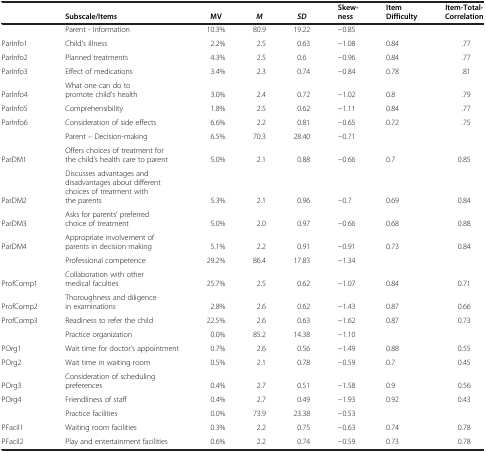
<table><thead><tr><td><b> </b></td><td><b>Subscale/Items</b></td><td><b>MV</b></td><td><b><i>M</i></b></td><td><b><i>SD</i></b></td><td><b>Skew-ness</b></td><td><b>Item Difficulty</b></td><td><b>Item-Total-Correlation</b></td></tr></thead><tbody><tr><td> </td><td>Parent - Information</td><td>10.3%</td><td>80.9</td><td>19.22</td><td>−0.85</td><td> </td><td> </td></tr><tr><td>ParInfo1</td><td>Child’s illness</td><td>2.2%</td><td>2.5</td><td>0.63</td><td>−1.08</td><td>0.84</td><td>.77</td></tr><tr><td>ParInfo2</td><td>Planned treatments</td><td>4.3%</td><td>2.5</td><td>0.6</td><td>−0.96</td><td>0.84</td><td>.77</td></tr><tr><td>ParInfo3</td><td>Effect of medications</td><td>3.4%</td><td>2.3</td><td>0.74</td><td>−0.84</td><td>0.78</td><td>.81</td></tr><tr><td>ParInfo4</td><td>What one can do to promote child‘s health</td><td>3.0%</td><td>2.4</td><td>0.72</td><td>−1.02</td><td>0.8</td><td>.79</td></tr><tr><td>ParInfo5</td><td>Comprehensibility</td><td>1.8%</td><td>2.5</td><td>0.62</td><td>−1.11</td><td>0.84</td><td>.77</td></tr><tr><td>ParInfo6</td><td>Consideration of side effects</td><td>6.6%</td><td>2.2</td><td>0.81</td><td>−0.65</td><td>0.72</td><td>.75</td></tr><tr><td> </td><td>Parent – Decision-making</td><td>6.5%</td><td>70.3</td><td>28.40</td><td>−0.71</td><td> </td><td> </td></tr><tr><td>ParDM1</td><td>Offers choices of treatment for the child’s health care to parent</td><td>5.0%</td><td>2.1</td><td>0.88</td><td>−0.66</td><td>0.7</td><td>0.85</td></tr><tr><td>ParDM2</td><td>Discusses advantages and disadvantages about different choices of treatment with the parents</td><td>5.3%</td><td>2.1</td><td>0.96</td><td>−0.7</td><td>0.69</td><td>0.84</td></tr><tr><td>ParDM3</td><td>Asks for parents’ preferred choice of treatment</td><td>5.0%</td><td>2.0</td><td>0.97</td><td>−0.66</td><td>0.68</td><td>0.88</td></tr><tr><td>ParDM4</td><td>Appropriate involvement of parents in decision making</td><td>5.1%</td><td>2.2</td><td>0.91</td><td>−0.91</td><td>0.73</td><td>0.84</td></tr><tr><td> </td><td>Professional competence</td><td>29.2%</td><td>86.4</td><td>17.83</td><td>−1.34</td><td> </td><td> </td></tr><tr><td>ProfComp1</td><td>Collaboration with other medical faculties</td><td>25.7%</td><td>2.5</td><td>0.62</td><td>−1.07</td><td>0.84</td><td>0.71</td></tr><tr><td>ProfComp2</td><td>Thoroughness and diligence in examinations</td><td>2.8%</td><td>2.6</td><td>0.62</td><td>−1.43</td><td>0.87</td><td>0.66</td></tr><tr><td>ProfComp3</td><td>Readiness to refer the child</td><td>22.5%</td><td>2.6</td><td>0.63</td><td>−1.62</td><td>0.87</td><td>0.73</td></tr><tr><td> </td><td>Practice organization</td><td>0.0%</td><td>85.2</td><td>14.38</td><td>−1.10</td><td> </td><td> </td></tr><tr><td>POrg1</td><td>Wait time for doctor’s appointment</td><td>0.7%</td><td>2.6</td><td>0.56</td><td>−1.49</td><td>0.88</td><td>0.55</td></tr><tr><td>POrg2</td><td>Wait time in waiting room</td><td>0.5%</td><td>2.1</td><td>0.78</td><td>−0.59</td><td>0.7</td><td>0.45</td></tr><tr><td>POrg3</td><td>Consideration of scheduling preferences</td><td>0.4%</td><td>2.7</td><td>0.51</td><td>−1.58</td><td>0.9</td><td>0.56</td></tr><tr><td>POrg4</td><td>Friendliness of staff</td><td>0.4%</td><td>2.7</td><td>0.49</td><td>−1.93</td><td>0.92</td><td>0.43</td></tr><tr><td> </td><td>Practice facilities</td><td>0.0%</td><td>73.9</td><td>23.38</td><td>−0.53</td><td> </td><td> </td></tr><tr><td>PFacil1</td><td>Waiting room facilities</td><td>0.3%</td><td>2.2</td><td>0.75</td><td>−0.63</td><td>0.74</td><td>0.78</td></tr><tr><td>PFacil2</td><td>Play and entertainment facilities</td><td>0.6%</td><td>2.2</td><td>0.74</td><td>−0.59</td><td>0.73</td><td>0.78</td></tr></tbody></table>